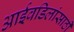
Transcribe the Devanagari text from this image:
आईवडिलांसाठी